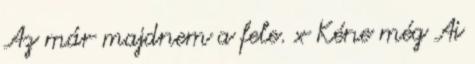
Az már majdnem a fele. x Kéne még Ai